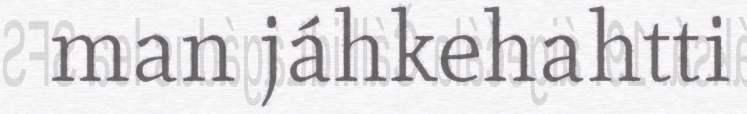
man jáhkehahtti